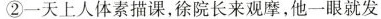
②一天上人体素描课，徐院长来观摩，他一眼就发